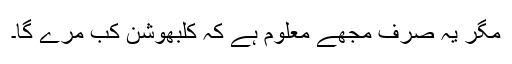
مگر یہ صرف مجھے معلوم ہے کہ کلبھوشن کب مرے گا۔